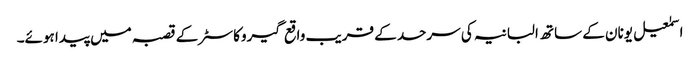
اسمٰعیل یونان کے ساتھ البانیہ کی سرحد کے قریب واقع گیروکاسٹر کے قصبہ میں پیدا ہوئے۔